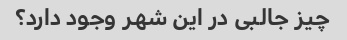
چیز جالبی در این شهر وجود دارد؟